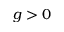
g > 0